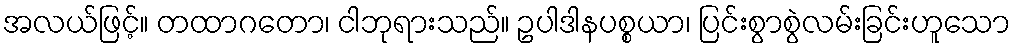
အလယ်ဖြင့်။ တထာဂတော၊ ငါဘုရားသည်။ ဥပါဒါနပစ္စယာ၊ ပြင်းစွာစွဲလမ်းခြင်းဟူသော